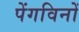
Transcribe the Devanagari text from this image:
पेंगविनों